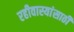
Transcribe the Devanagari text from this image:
रहीवास्यांसाठी